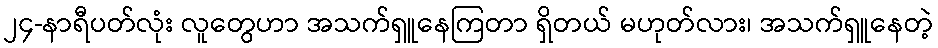
၂၄-နာရီပတ်လုံး လူတွေဟာ အသက်ရှူနေကြတာ ရှိတယ် မဟုတ်လား၊ အသက်ရှူနေတဲ့